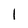
Character: l